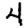
Digit: 4